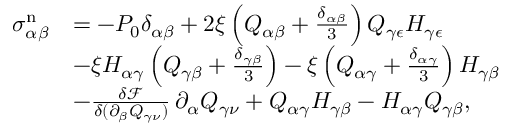
\begin{array} { r l } { \sigma _ { \alpha \beta } ^ { \mathrm { n } } } & { = - P _ { 0 } \delta _ { \alpha \beta } + 2 \xi \left( Q _ { \alpha \beta } + \frac { \delta _ { \alpha \beta } } { 3 } \right) Q _ { \gamma \epsilon } H _ { \gamma \epsilon } } \\ & { - \xi H _ { \alpha \gamma } \left( Q _ { \gamma \beta } + \frac { \delta _ { \gamma \beta } } { 3 } \right) - \xi \left( Q _ { \alpha \gamma } + \frac { \delta _ { \alpha \gamma } } { 3 } \right) H _ { \gamma \beta } } \\ & { - \frac { \delta \mathcal { F } } { \delta ( \partial _ { \beta } Q _ { \gamma \nu } ) } \, \partial _ { \alpha } Q _ { \gamma \nu } + Q _ { \alpha \gamma } H _ { \gamma \beta } - H _ { \alpha \gamma } Q _ { \gamma \beta } , } \end{array}